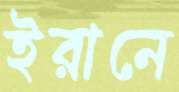
ইরানে